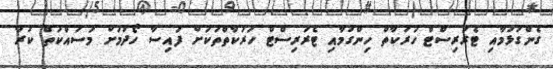
ގެންގުޅުމާއި ޓެރަރިސްޓް ހަރަކާތް ހިންގުމާއި ޓެރަރިސްޓް ހަރަކާތްތަކަށް ފައިސާ ހޯދުމަށް މަސައްކަތް ކުރާ